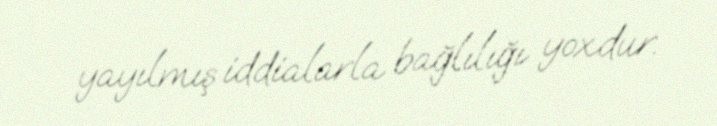
yayılmış iddialarla bağlılığı yoxdur.